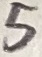
Text: 5